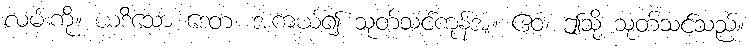
လမ်းကို။ ယဒိသော ဒေတ၊ အကယ်၍ သုတ်သင်ကုန်အံ့။ ဧဝံ၊ ဤသို့ သုတ်သင်သည်။